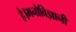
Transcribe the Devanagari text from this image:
है।मनोविज्ञानी